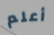
أعلم